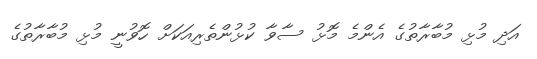
އަދި މުޅި މުބާރާތުގެ އެންމެ މޮޅު ސާވާ ކުޅުންތެރިއަކަށް ހޮވުނީ މުޅި މުބާރާތުގެ